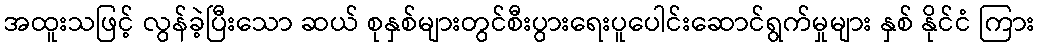
အထူးသဖြင့် လွန်ခဲ့ပြီးသော ဆယ် စုနှစ်များတွင်စီးပွားရေးပူပေါင်းဆောင်ရွက်မှုများ နှစ် နိုင်ငံ ကြား